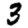
Digit: 3